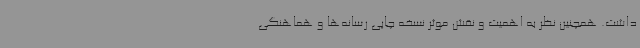
داشت. همچنین نظر به اهمیت و نقش موثر نسخه چاپی رسانه‌ها و هماهنگی